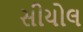
સીયોલ